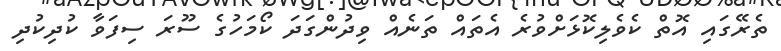
ތެރޭގައި އޮތް ކެވެލިކޮޅަށްވުރެ އެތައް ތަނެއް ވިދުންގަދަ ކޯމަހުގެ ސޫރަ ސިފަވާ ކުދިކުދި